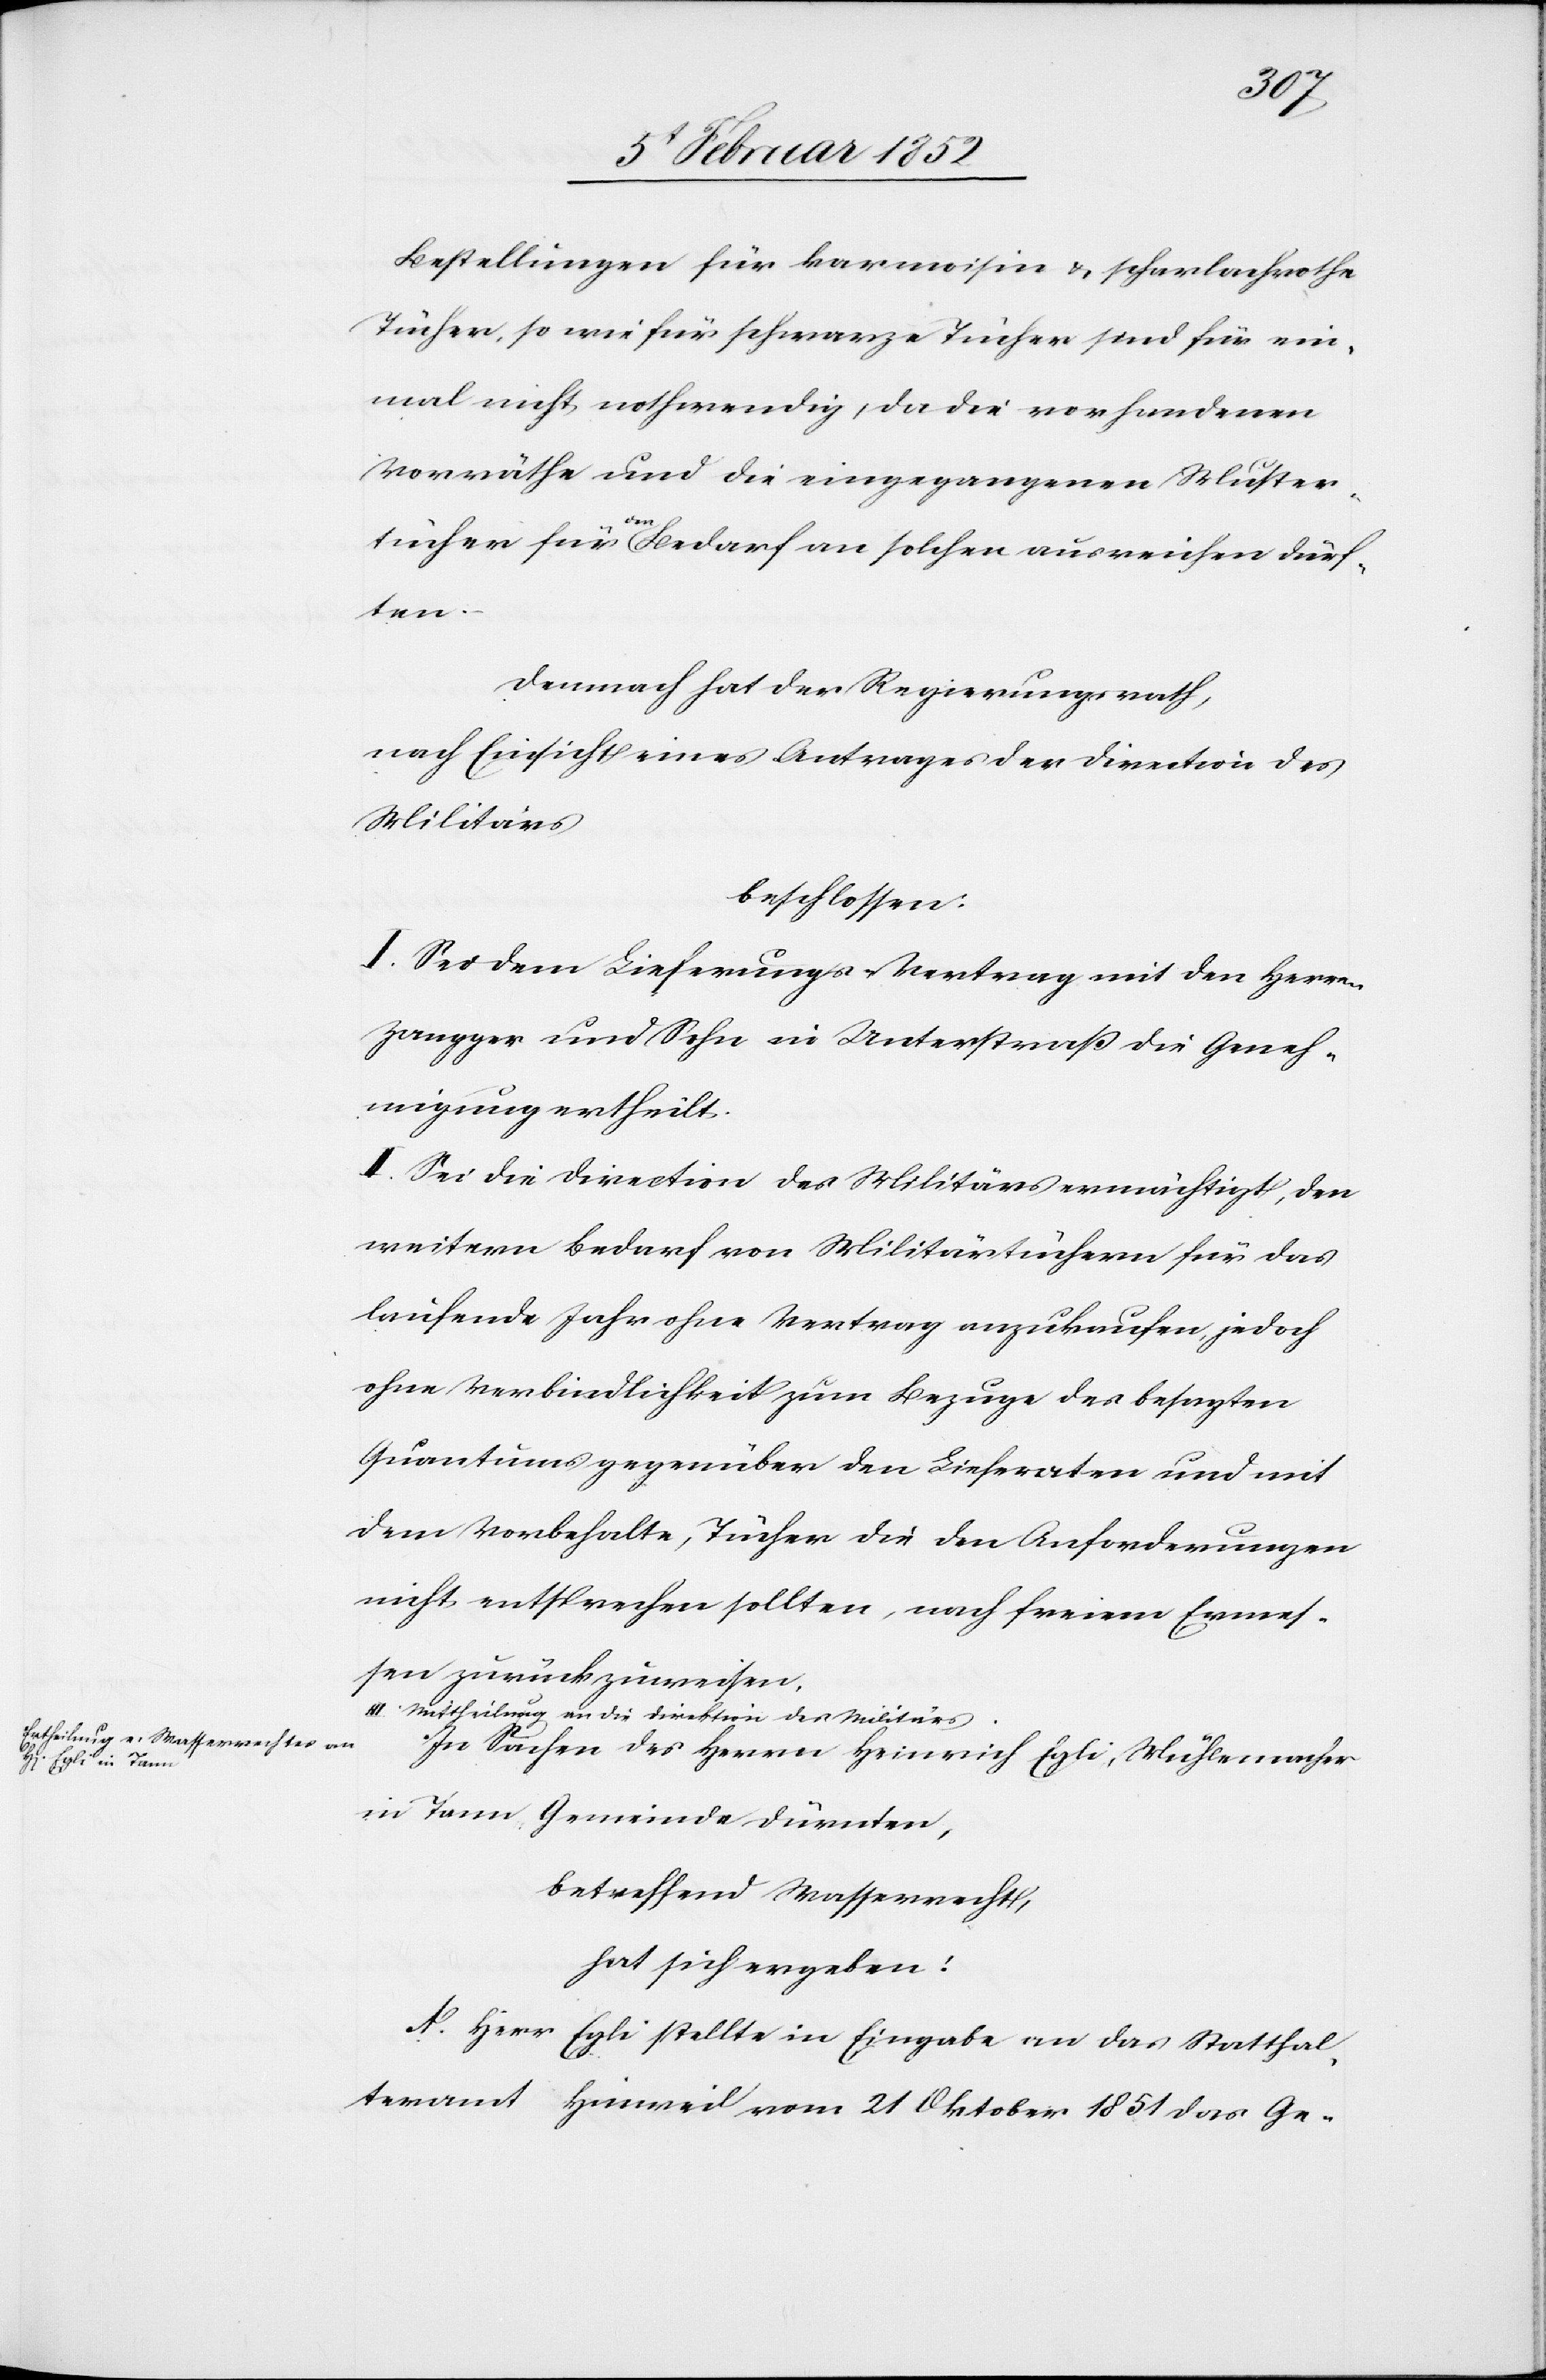
Bestellungen für karmesin u. scharlachrothe
Tücher, so wie für schwarze Tücher sind für ein¬
mal nicht nothwendig, da die vorhandenen
Vorräthe und die eingegangenen Muster¬
tücher für den Bedarf an solchen ausreichen dürf¬
ten.
Demnach hat der Regierungsrath,
nach Einsicht eines Antrages der Direction des
Militärs
beschlossen:
I. Sei dem Lieferungs-Vertrag mit den Herren
Zangger und Sohn in Unterstraß die Geneh¬
migung ertheilt.
II. Sei die Direction des Militärs ermächtigt, den
weitern Bedarf von Militärtüchern für das
laufende Jahr ohne Vertrag anzukaufen, jedoch
ohne Verbindlichkeit zum Bezuge des besagten
Quantums gegenüber den Lieferanten und mit
dem Vorbehalte, Tücher die den Anforderungen
nicht entsprechen sollten, nach freiem Ermes¬
sen zurückzuweisen.
III. Mittheilung an die Direktion des Militärs.
In Sachen des Herrn Heinrich Egli, Mühlemacher
in Tann, Gemeinde Dürnten,
betreffend Wasserrecht,
hat sich ergeben:
A. Herr Egli stellte in Eingabe an das Statthal¬
teramt Hinweil vom 21 Oktober 1851 das Ge-